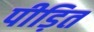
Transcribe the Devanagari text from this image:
पीड़ित